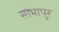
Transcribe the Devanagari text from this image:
सोभापुर